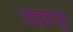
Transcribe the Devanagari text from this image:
ताड़कासूर